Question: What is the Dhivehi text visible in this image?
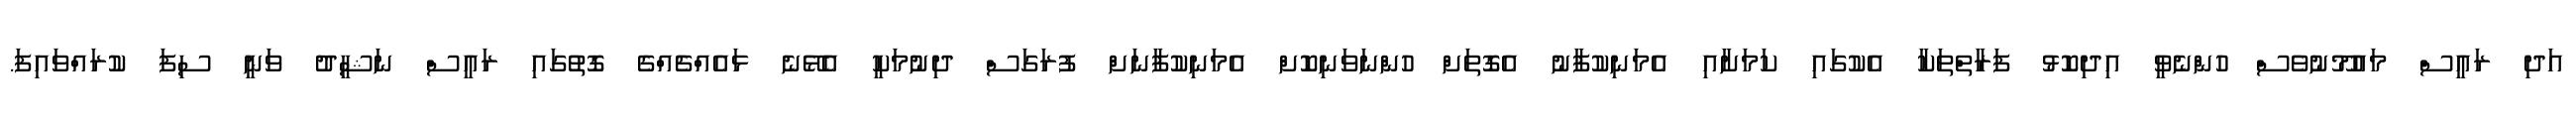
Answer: އަދި ރައީސް މައުމޫނުވެސް ހުންނެވީ އިދިކޮޅު ފަރާތްތަކާ އެކުގައި ކަމަށާއި އެމަނިކުފާނު އެގޮތަށް ހުންނަވަނިކޮށް އެމަނިކުފާނަށް ފުރަގަސް ދިނުމަކީ އެޅޭނެ ޅައެއްޗެއްގެ ގޮތުގައި ރައީސް ނަޝީދު ވަނީ ސިފަ ކުރައްވައިފަ.